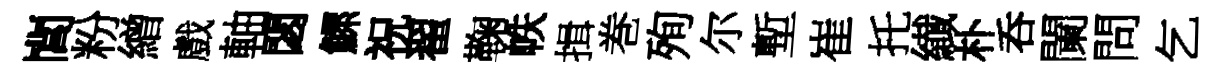
閭粉繒戲軸閟鰥祝翟鞠帙揖巻殉尔塹崔托纎朴呑闌問乞